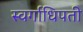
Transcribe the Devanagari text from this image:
स्वर्गाधिपती